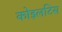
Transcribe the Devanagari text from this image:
कोइलटिस